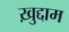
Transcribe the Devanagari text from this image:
ख़ुद्दाम